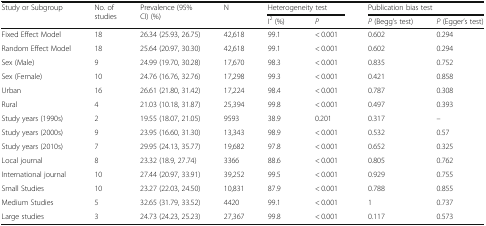
<table><thead><tr><td rowspan="2"><b>Study or Subgroup</b></td><td rowspan="2"><b>No. of studies</b></td><td rowspan="2"><b>Prevalence (95% CI) (%)</b></td><td rowspan="2"><b>N</b></td><td colspan="2"><b>Heterogeneity test</b></td><td colspan="2"><b>Publication bias test</b></td></tr><tr><td><b>I<sup>2</sup> (%)</b></td><td><b><i>P</i></b></td><td><b><i>P</i> (Begg’s test)</b></td><td><b><i>P</i> (Egger’s test)</b></td></tr></thead><tbody><tr><td>Fixed Effect Model</td><td>18</td><td>26.34 (25.93, 26.75)</td><td>42,618</td><td>99.1</td><td>&lt; 0.001</td><td>0.602</td><td>0.294</td></tr><tr><td>Random Effect Model</td><td>18</td><td>25.64 (20.97, 30.30)</td><td>42,618</td><td>99.1</td><td>&lt; 0.001</td><td>0.602</td><td>0.294</td></tr><tr><td>Sex (Male)</td><td>9</td><td>24.99 (19.70, 30.28)</td><td>17,670</td><td>98.3</td><td>&lt; 0.001</td><td>0.835</td><td>0.752</td></tr><tr><td>Sex (Female)</td><td>10</td><td>24.76 (16.76, 32.76)</td><td>17,298</td><td>99.3</td><td>&lt; 0.001</td><td>0.421</td><td>0.858</td></tr><tr><td>Urban</td><td>16</td><td>26.61 (21.80, 31.42)</td><td>17,224</td><td>98.4</td><td>&lt; 0.001</td><td>0.787</td><td>0.308</td></tr><tr><td>Rural</td><td>4</td><td>21.03 (10.18, 31.87)</td><td>25,394</td><td>99.8</td><td>&lt; 0.001</td><td>0.497</td><td>0.393</td></tr><tr><td>Study years (1990s)</td><td>2</td><td>19.55 (18.07, 21.05)</td><td>9593</td><td>38.9</td><td>0.201</td><td>0.317</td><td>–</td></tr><tr><td>Study years (2000s)</td><td>9</td><td>23.95 (16.60, 31.30)</td><td>13,343</td><td>98.9</td><td>&lt; 0.001</td><td>0.532</td><td>0.57</td></tr><tr><td>Study years (2010s)</td><td>7</td><td>29.95 (24.13, 35.77)</td><td>19,682</td><td>97.8</td><td>&lt; 0.001</td><td>0.652</td><td>0.325</td></tr><tr><td>Local journal</td><td>8</td><td>23.32 (18.9, 27.74)</td><td>3366</td><td>88.6</td><td>&lt; 0.001</td><td>0.805</td><td>0.762</td></tr><tr><td>International journal</td><td>10</td><td>27.44 (20.97, 33.91)</td><td>39,252</td><td>99.5</td><td>&lt; 0.001</td><td>0.929</td><td>0.755</td></tr><tr><td>Small Studies</td><td>10</td><td>23.27 (22.03, 24.50)</td><td>10,831</td><td>87.9</td><td>&lt; 0.001</td><td>0.788</td><td>0.855</td></tr><tr><td>Medium Studies</td><td>5</td><td>32.65 (31.79, 33.52)</td><td>4420</td><td>99.1</td><td>&lt; 0.001</td><td>1</td><td>0.737</td></tr><tr><td>Large studies</td><td>3</td><td>24.73 (24.23, 25.23)</td><td>27,367</td><td>99.8</td><td>&lt; 0.001</td><td>0.117</td><td>0.573</td></tr></tbody></table>